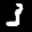
Label: 3